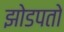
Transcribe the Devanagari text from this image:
झोडपतो